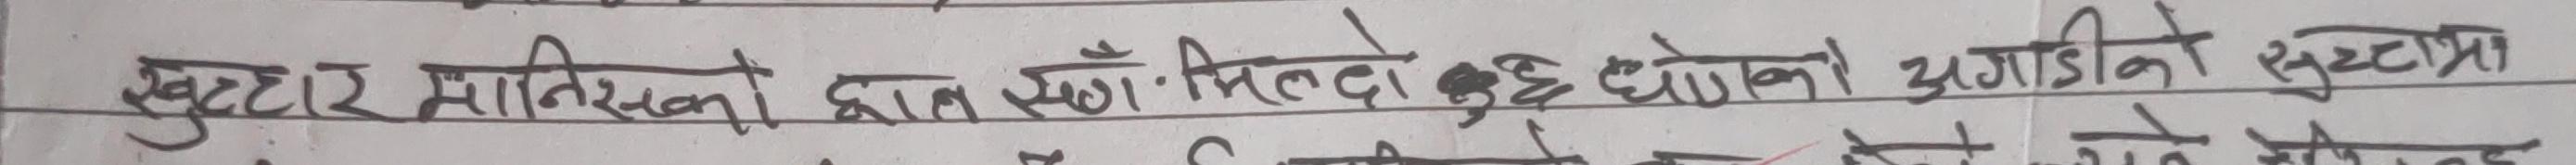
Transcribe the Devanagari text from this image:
खुट्टार मानिसको दाँत सँधै मिल्दछ कुरा दुबै थोकको अगाडिको सूचिमा